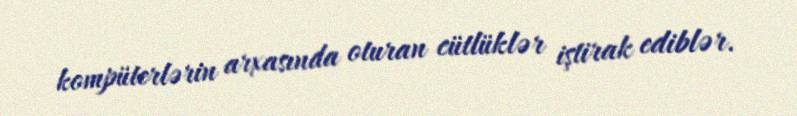
kompüterlərin arxasında oturan cütlüklər iştirak ediblər.